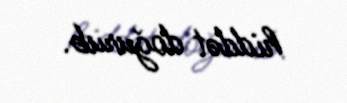
hiddət doğurub.